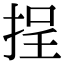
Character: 挰